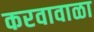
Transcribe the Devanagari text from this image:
करवावाळा